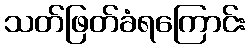
သတ်ဖြတ်ခံရကြောင်း